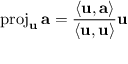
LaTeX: \operatorname { p r o j } _ { \mathbf { u } } \mathbf { a } = { \frac { \left\langle \mathbf { u } , \mathbf { a } \right\rangle } { \left\langle \mathbf { u } , \mathbf { u } \right\rangle } } { \mathbf { u } }